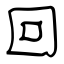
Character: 回